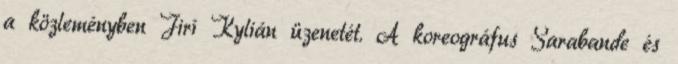
a közleményben Jirí Kylián üzenetét. A koreográfus Sarabande és